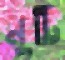
নুটি